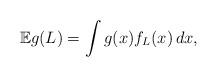
LaTeX: \begin{align*}\mathbb{E} g(L) = \int g(x) f_{L}(x) \, dx,\end{align*}